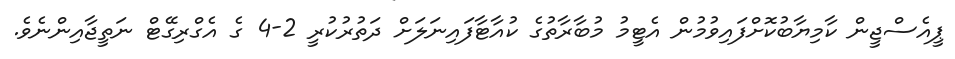
ޕީއެސްޖީން ކާމިޔާބުކޮށްފައިވުމުން އެޓީމު މުބާރާތުގެ ކުއާޓާފައިނަލަށް ދަތުރުކުރީ 2-4 ގެ އެގްރިގޭޓް ނަތީޖާއިންނެވެ.